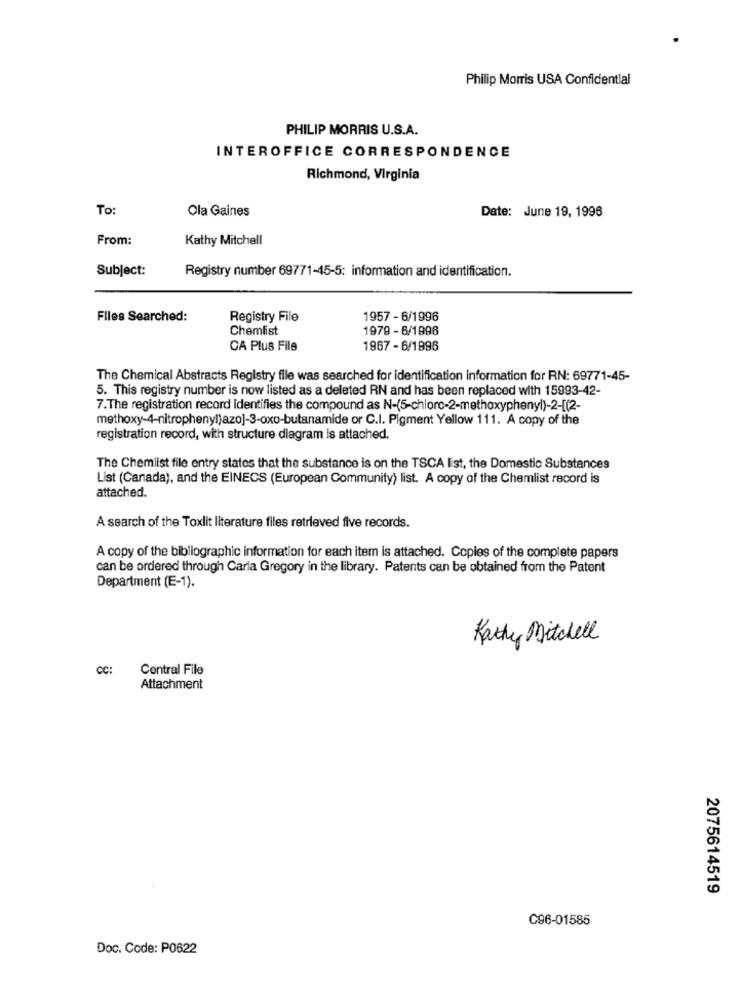
Philip Morris USA Confidential
PHILIP MORRIS U.S.A.
INTEROFFICE CORRESPONDENCE
Richmond, Virginia
To:
Ola Gaines
Date: June 19, 1996
From:
Kathy Mitchell
Subject:
Registry number 69771-45-5: information and identification.
Files Searched:
Registry File
1957 - 6/1996
Chemlist
1979 - 6/1996
CA Plus File
1967 - 6/1996
The Chemical Abstracts Registry file was searched for identification information for RN: 69771-45-
5. This registry number is now listed as a deleted RN and has been replaced with 15993-42-
7.The registration record identifies the compound as N-(5-chloro-2-methoxyphenyl)-2-[(2-
methoxy-4-nitrophenyl)azo]-3-oxo-butanamide or C.I. Pigment Yellow 111. A copy of the
registration record, with structure diagram is attached.
The Chemlist file entry states that the substance is on the TSCA list, the Domestic Substances
List (Canada), and the EINECS (European Community) list. A copy of the Chemlist record is
attached.
A search of the Toxlit literature files retrieved five records.
A copy of the bibliographic information for each item is attached. Copies of the complete papers
can be ordered through Carla Gregory in the library. Patents can be obtained from the Patent
Department (E-1).
Kathy Mitchell
CC:
Central File
Attachment
2075614519
C96-01585
Doc. Code: P0622